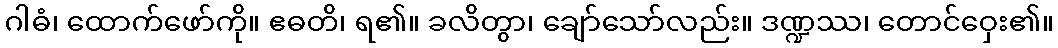
ဂါဓံ၊ ထောက်ဖော်ကို။ ဧဓတိ၊ ရ၏။ ခလိတွာ၊ ချော်သော်လည်း။ ဒဏ္ဍဿ၊ တောင်ဝှေး၏။